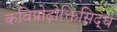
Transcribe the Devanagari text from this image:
कविप्रोढ़ोक्तिसिद्ध